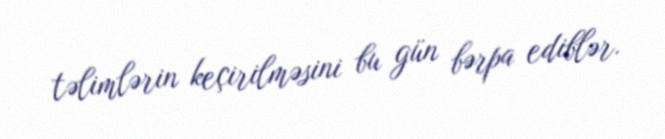
təlimlərin keçirilməsini bu gün bərpa ediblər.